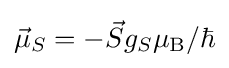
{\vec {\mu }}_{S}=-{\vec {S}}g_{S}\mu _{\rm {B}}/\hbar